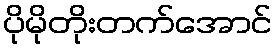
ပိုမိုတိုးတက်အောင်